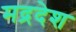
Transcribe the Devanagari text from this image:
मद्रदेश